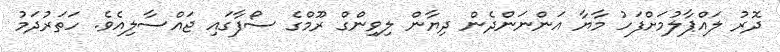
ދޮރު ލައްޕާލުމަށްފަހު މާޔާ އަންނަންދެން ދިޔާން ލިވިންގް ރޫމްގެ ސޯފާގައި ޖައްސާލިއެވެ. ހަތަރުދަމު